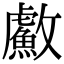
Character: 䱷